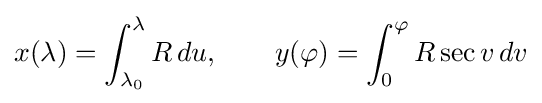
x(\lambda )=\int _{\lambda _{0}}^{\lambda }R\,du,\qquad y(\varphi )=\int _{0}^{\varphi }R\sec v\,dv